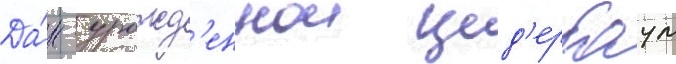
Да́н - урожд'еннои цед'ербаум